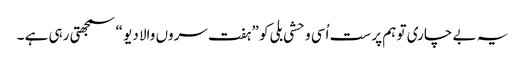
یہ بے چاری تو ہم پر ست اُسی وحشی بلی کو ” ہفت سروں والا دیو “ سمجھتی رہی ہے ۔